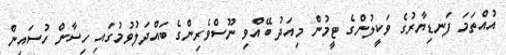
އުއްތަމަ ފަނޑިޔާރުގެ ވަކީލުންގެ ޓީމުން މިއަދު ބޭއްވި ނޫސްވެރިންގެ ބައްދަލުވުމުގައި ހިސާން ހުސައިން